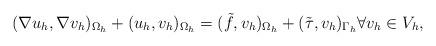
LaTeX: \begin{align*} (\nabla u_h, \nabla v_h)_{\Omega_h} + (u_h, v_h)_{\Omega_h} = (\tilde f, v_h)_{\Omega_h} + (\tilde\tau, v_h)_{\Gamma_h} \forall v_h \in V_h,\end{align*}